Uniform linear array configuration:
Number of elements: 12
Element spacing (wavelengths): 0.75
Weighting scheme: exponential
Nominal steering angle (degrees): -60
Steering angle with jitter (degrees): -60.601
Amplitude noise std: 0.05
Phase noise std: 0.05

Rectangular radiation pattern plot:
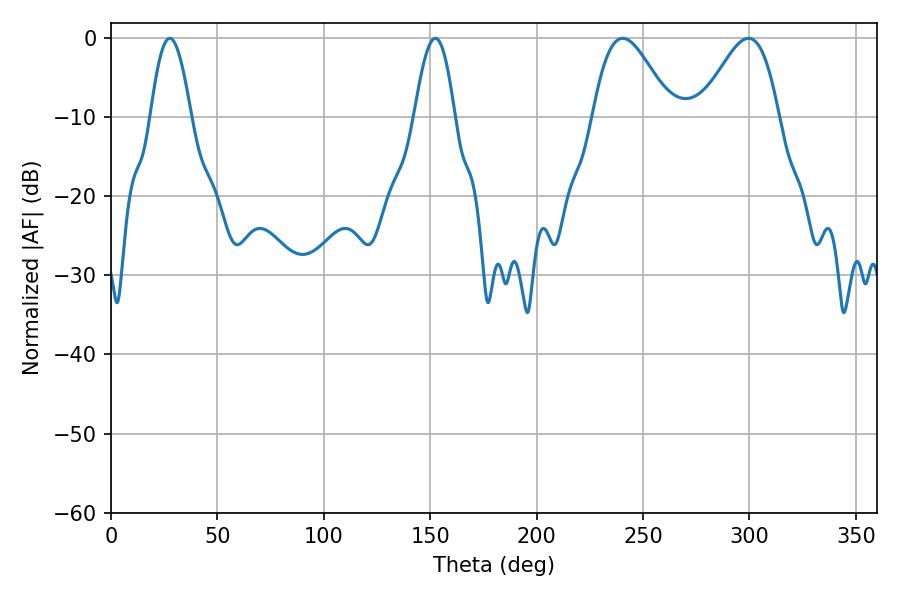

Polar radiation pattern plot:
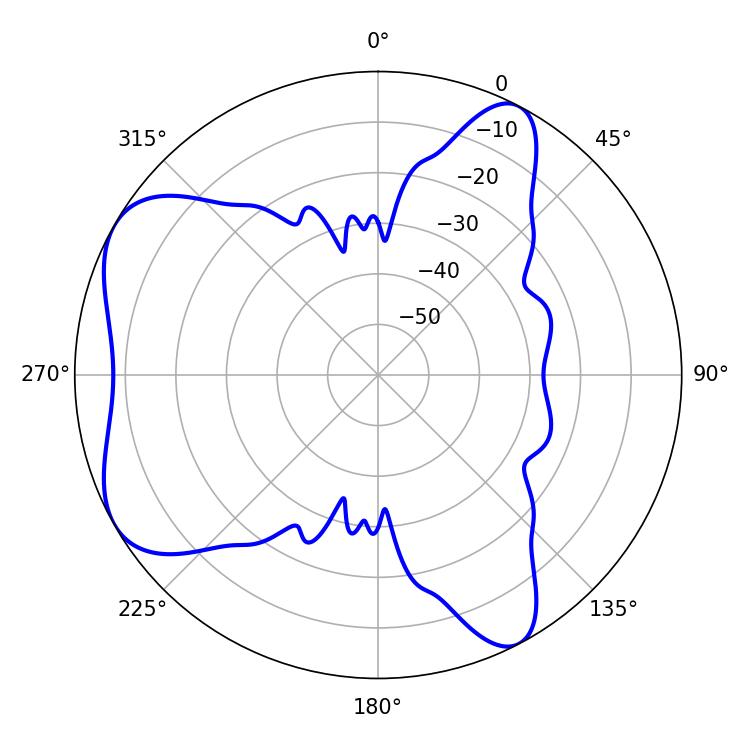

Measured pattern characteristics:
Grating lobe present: TRUE
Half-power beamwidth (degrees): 19.62
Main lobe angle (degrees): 240.48